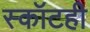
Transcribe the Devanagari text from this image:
स्कॉटही